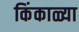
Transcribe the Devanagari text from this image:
किंकाळ्या